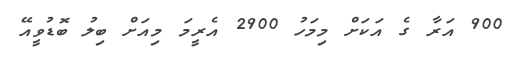
900 އަރާ ގެ އަކަށް މިމަހު 2900 އެރީމަ މިއަށް ބިލު ބޮޑުވީއޭ